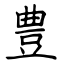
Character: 豊